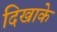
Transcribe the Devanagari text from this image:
दिखाके